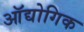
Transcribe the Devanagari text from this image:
ऑद्योगिक